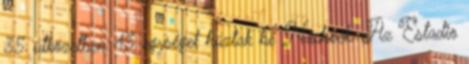
35 ütközetben 43 egységet húztak be Nachoék. Az Estadio